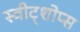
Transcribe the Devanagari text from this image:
स्वीट्शोप्स